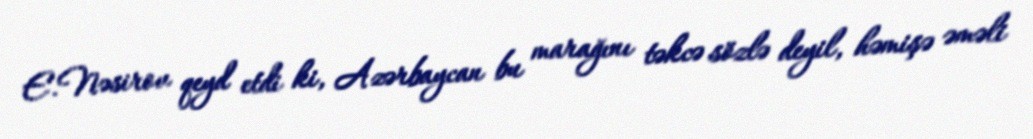
E.Nəsirov qeyd etdi ki, Azərbaycan bu marağını təkcə sözlə deyil, həmişə əməli